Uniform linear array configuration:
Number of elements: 48
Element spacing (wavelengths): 0.25
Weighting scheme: exponential
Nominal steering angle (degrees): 0
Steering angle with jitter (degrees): -0.4843
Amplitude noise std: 0.05
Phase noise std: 0.05

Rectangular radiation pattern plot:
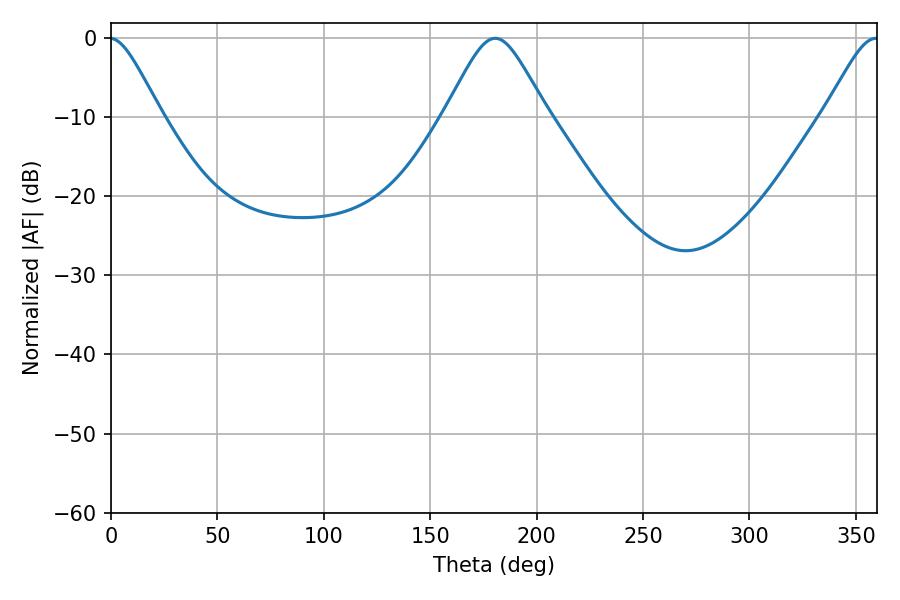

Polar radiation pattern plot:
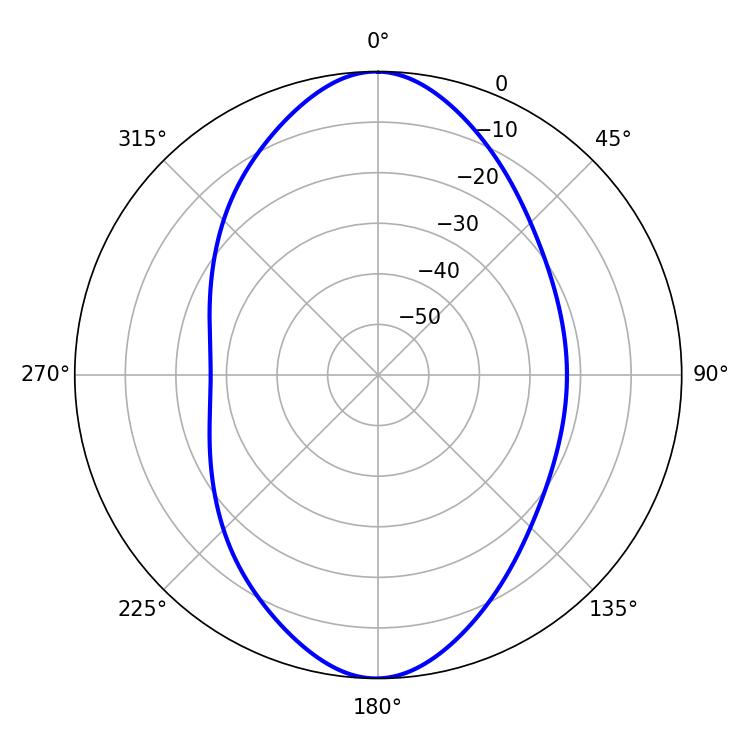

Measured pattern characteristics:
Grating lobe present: FALSE
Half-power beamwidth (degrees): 23.4
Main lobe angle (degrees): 180.54